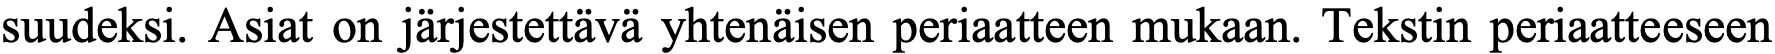
suudeksi. Asiat on järjestettävä yhtenäisen periaatteen mukaan. Tekstin periaatteeseen